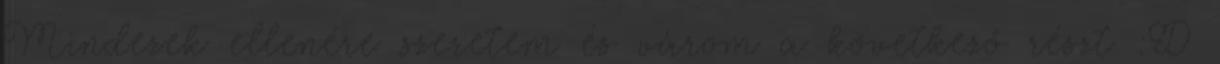
Mindezek ellenére szeretem és várom a következő részt :D